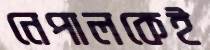
নেপালকেই